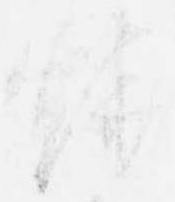
焼